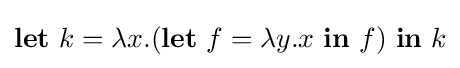
\mathbf {let} \ k=\lambda x.(\mathbf {let} \ f=\lambda y.x\ \mathbf {in} \ f)\ \mathbf {in} \ k